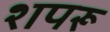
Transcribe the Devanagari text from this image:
शपरू